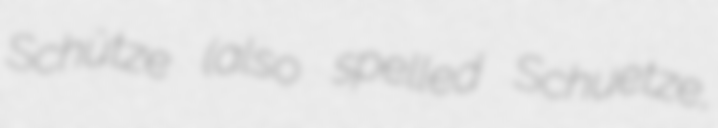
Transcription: Schütze (also spelled Schuetze,